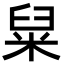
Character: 䊆